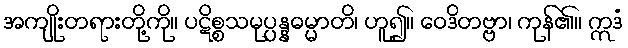
အကျိုးတရားတို့ကို။ ပဋိစ္စသမုပ္ပန္နဓမ္မာတိ၊ ဟူ၍။ ဝေဒိတဗ္ဗာ၊ ကုန်၏။ ဣဒံ